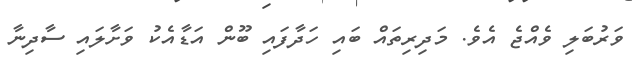
ވަރުބަލި ވެއްޖެ އެވެ. މަދިރިތައް ބައި ހަދާފައި ބޫން އަޑާއެކު ވަށާލައި ސާދިނާ